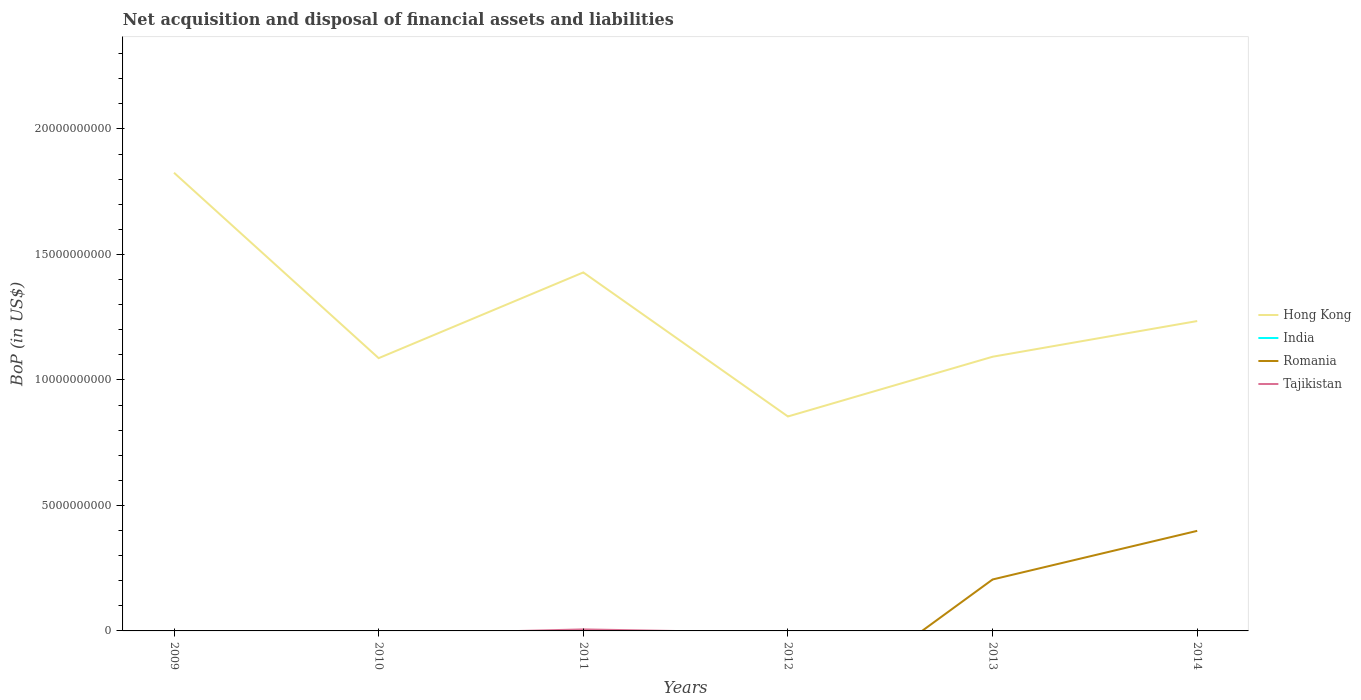
| Years | Hong Kong | India | Romania | Tajikistan |
 | --- | --- | --- | --- | --- |
 | 2009 | 1.83e+10 | -2.62e+10 | -7.76e+09 | -8.51e+06 |
 | 2010 | 1.09e+10 | -5.64e+10 | -7.07e+09 | -1.42e+08 |
 | 2011 | 1.43e+10 | -6.44e+10 | -6.73e+09 | 6.09e+07 |
 | 2012 | 8.54e+09 | -9.02e+10 | -3.9e+09 | -8.1e+07 |
 | 2013 | 1.09e+10 | -4.81e+10 | 2.05e+09 | -3.3e+07 |
 | 2014 | 1.23e+10 | -3.26e+10 | 3.99e+09 | -4.72e+08 |